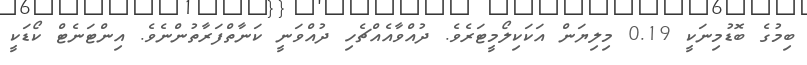
ބިމުގެ ބޮޑުމިނަކީ 0.19 މިލިޔަން އަކަކިލޯމީޓަރެވެ. ދުއްވާއެއްޗެހި ދުއްވަނީ ކަނާތްފަރާތުންނެވެ. އިންޓަނެޓް ކޯޑަކީ